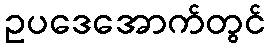
ဥပဒေအောက်တွင်